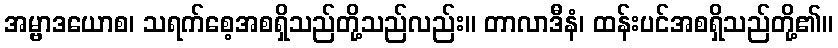
အမ္ဗာဒယောစ၊ သရက်စေ့အစရှိသည်တို့သည်လည်း။ တာလာဒီနံ၊ ထန်းပင်အစရှိသည်တို့၏။